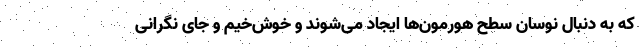
که به دنبال نوسان سطح هورمون‌ها ایجاد می‌شوند و خوش‌خیم و جای نگرانی